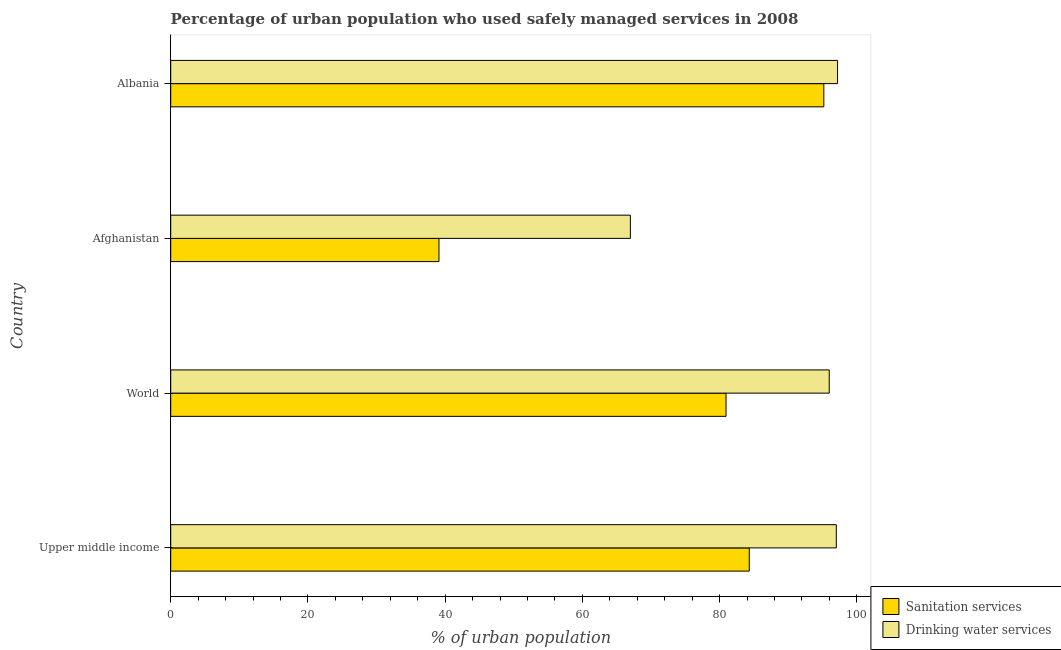
| Country | Sanitation services | Drinking water services |
 | --- | --- | --- |
 | Upper middle income | 84.3 | 97 |
 | World | 80.9 | 96 |
 | Afghanistan | 39.1 | 67 |
 | Albania | 95.2 | 97.2 |